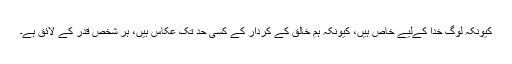
کیونکہ لوگ خُدا کےلیے خاص ہیں، کیونکہ ہم خالق کے کردار کے کسی حد تک عکاس ہیں، ہر شخص قدر کے لائق ہے۔